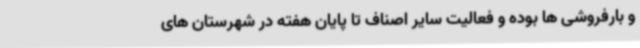
و بارفروشی ها بوده و فعالیت سایر اصناف تا پایان هفته در شهرستان های